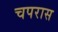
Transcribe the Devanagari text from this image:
चपरास